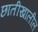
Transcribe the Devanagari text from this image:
छातीखालील